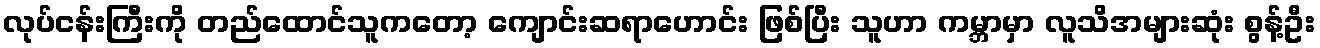
လုပ်ငန်းကြီးကို တည်ထောင်သူကတော့ ကျောင်းဆရာဟောင်း ဖြစ်ပြီး သူဟာ ကမ္ဘာမှာ လူသိအများဆုံး စွန့်ဦး